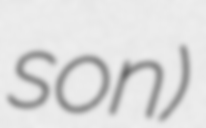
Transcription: son)